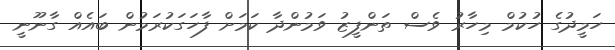
ހަމީދުގެ ހުކުމް މިހާރު ވެސް ތަންފީޒު ވަމުންދާ ކަމަށް ފާހަގަކުރަމުން ބައެއް ގާނޫނީ